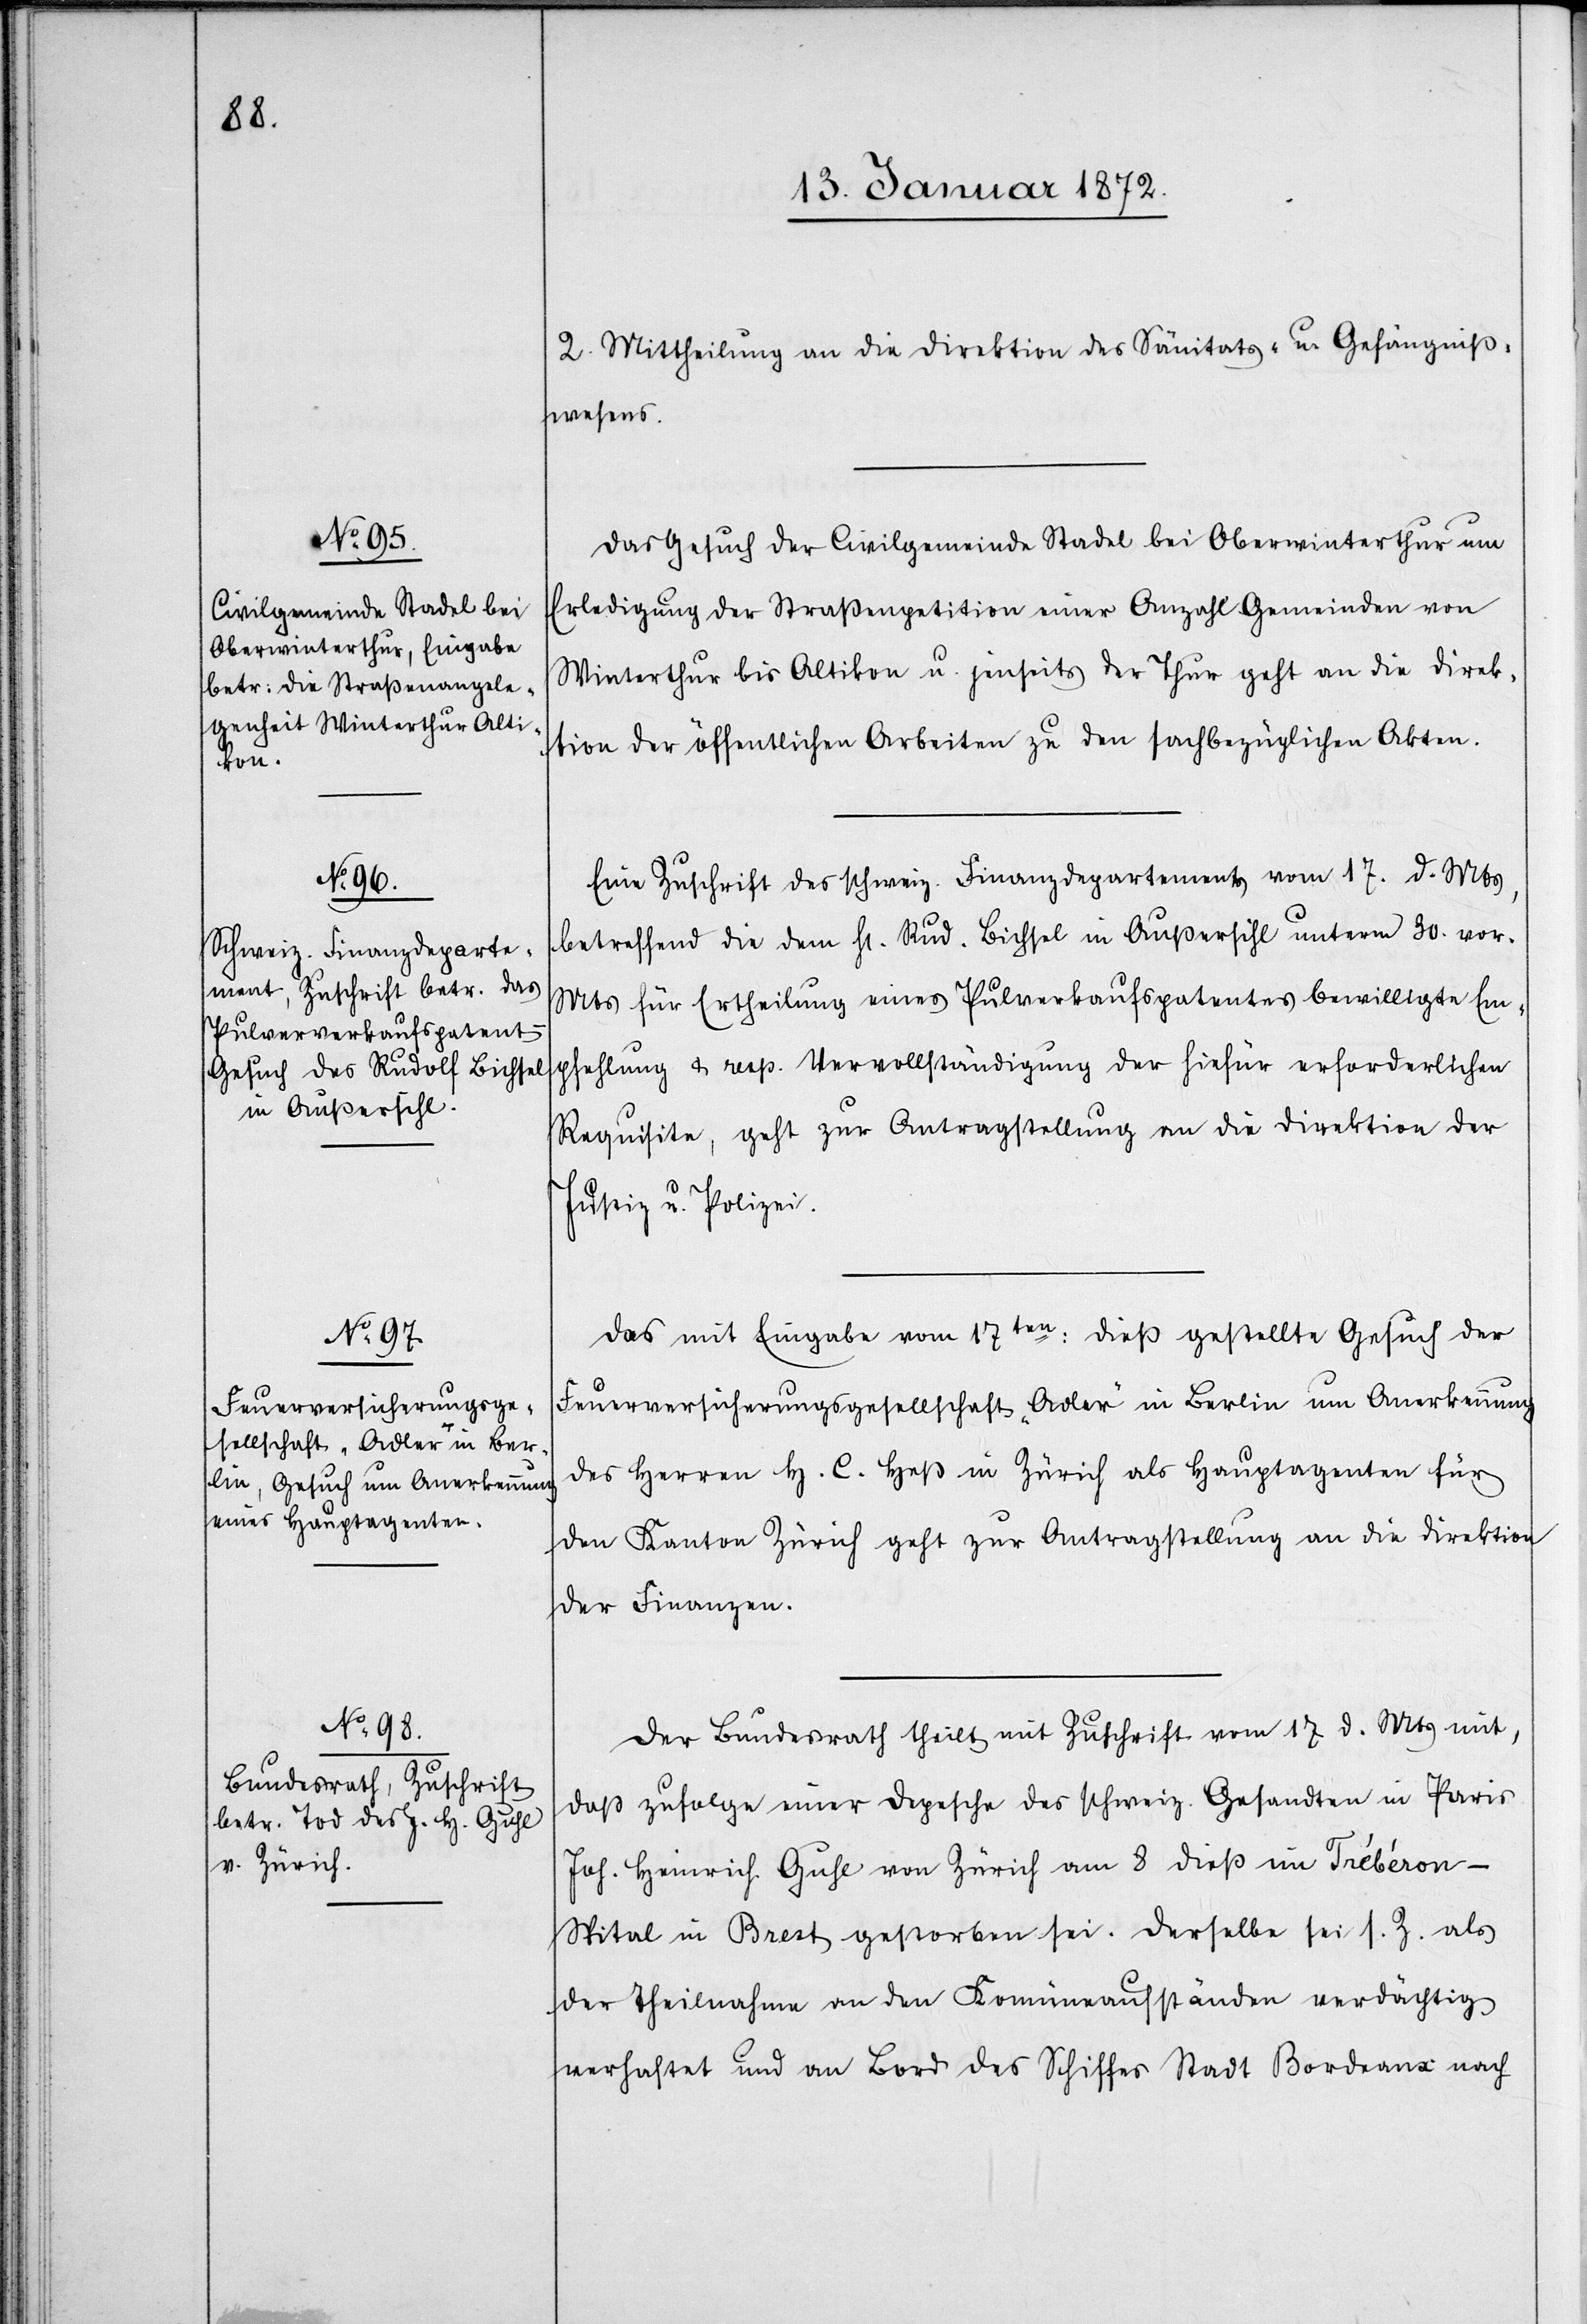
19. Januar 1872.]
2. Mittheilung an die Direktion des Sänitats– u. Gefängniß¬
wesens.
Das Gesuch der Civilgemeinde Stadel bei Oberwinterthur um
Erledigung der Straßenpetition einer Anzahl Gemeinden von
Winterthur bis Altikon u. jenseits der Thur geht an die Direk¬
tion der öffentlichen Abreiten zu den sachbezüglichen Akten.
Eine Zuschrift des schweiz. Finanzdepartements vom 17. d. Mts,
betreffend die dem H. Rud. Bichsel in Außersihl unterm 30. vor.
Mts für Ertheilung eines Pulverkaufspatentes bewilligte Em¬
pfehlung u. resp. Vervollständigung der hiefür erforderlichen
Requisite, geht zur Antragstellung an die Direktion der
Justiz u. Polizei.
Das mit Eingabe vom 17ten: dieß gestellte Gesuch der
Feuerversicherungsgesellschaft „Adler“ in Berlin um Anerkennung
des Herren H. C. Heß in Zürich als Hauptagenten für
den Kanton Zürich geht zur Antragstellung an die Direktion
der Finanzen.
Der Bundesrath theilt mit Zuschrift vom 17 d. Mts mit,
daß zufolge einer Depesche des schweiz. Gesandten in Paris
Joh. Heinrich Guhl von Zürich am 8 dieß im Trébéron-S¬
pital in Brest gestorben sei. Derselbe sei s. Z. als
der Theilnahme an den Komüneaufständen verdächtig
verhaftet und an Bord des Schiffes Stadt Bordeaux nach